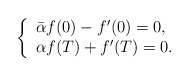
\begin{align*}\left\{ \begin{array}{ll} \bar{\alpha} f(0)-f'(0)=0, \\ \alpha f(T)+f'(T)=0. \end{array}\right.\end{align*}